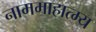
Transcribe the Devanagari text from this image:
नाममाहात्म्य